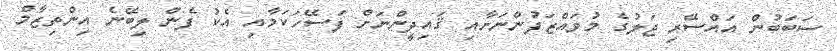
ސަބަބުން އައްސޭރި ޖަލުގެ މުވައްޒަފުންނަށާއި ޤައިދީންނަށް ފަސޭހަކަމާއި އެކު ފެން ލިބޭނެ އިންތިޒާމް